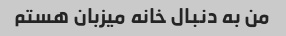
من به دنبال خانه میزبان هستم